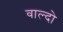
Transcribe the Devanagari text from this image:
वाल्दो